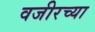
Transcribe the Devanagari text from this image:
वजीरच्या